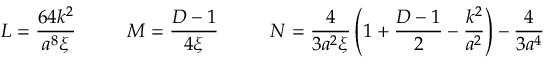
L = \frac { 6 4 k ^ { 2 } } { a ^ { 8 } \xi } \ \ \ \ \ \ \ \ M = \frac { D - 1 } { 4 \xi } \ \ \ \ \ \ \ \ N = \frac { 4 } { 3 a ^ { 2 } \xi } \left( 1 + \frac { D - 1 } { 2 } - \frac { k ^ { 2 } } { a ^ { 2 } } \right) - \frac { 4 } { 3 a ^ { 4 } }